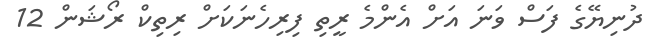
ދުނިޔޭގެ ފަސް ވަނަ އަށް އެންމެ ރީތި ފިރިހެނަކަށް ރިތިކް ރޯޝަން 12